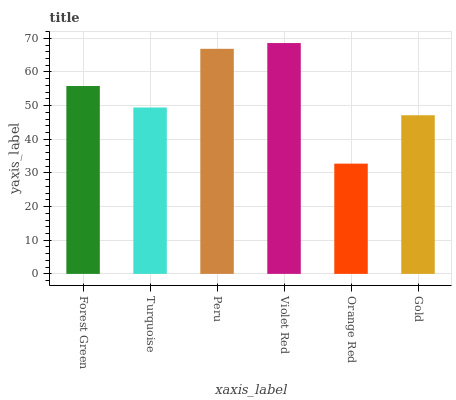
| xaxis_label | bars |
 | --- | --- |
 | Forest Green | 55.8 |
 | Turquoise | 49.4 |
 | Peru | 66.9 |
 | Violet Red | 68.6 |
 | Orange Red | 32.8 |
 | Gold | 47.1 |